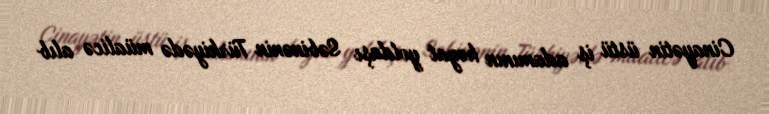
Cinayətin üstü iş adamının həyat yoldaşı Səbinənin Türkiyədə müalicə alıb